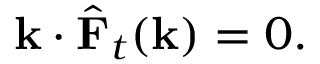
\mathbf { k } \cdot { \hat { \mathbf { F } } } _ { t } ( \mathbf { k } ) = 0 .